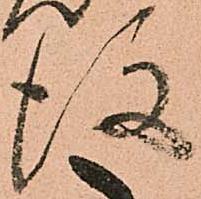
後